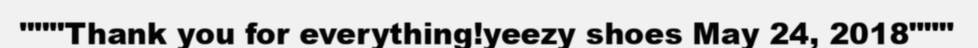
"""Thank you for everything!yeezy shoes May 24, 2018"""